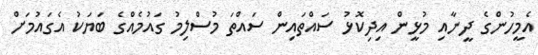
އެމީހުންގެ ދީނާއި މުޅީން އިދިކޮޅު ސައްތައިން ސައްތަ މުސްލިމު ގައުމެއްގެ ބަޔަކު އެގައުމަށް